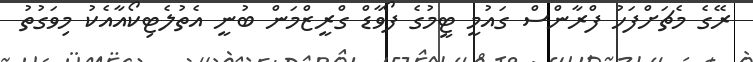
ރޭގެ މެޗަށްފަހު ފްރާންސް ގައުމީ ޓީމުގެ ފޯވާޑް ގްރީޒްމަން ބުނީ އެތުލެޓިކޯއާއެކު މިވަގުތު